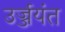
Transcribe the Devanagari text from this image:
उर्ज्जयंत